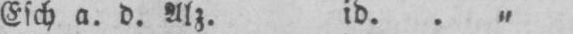
Esch a. d. Alz. id.. „